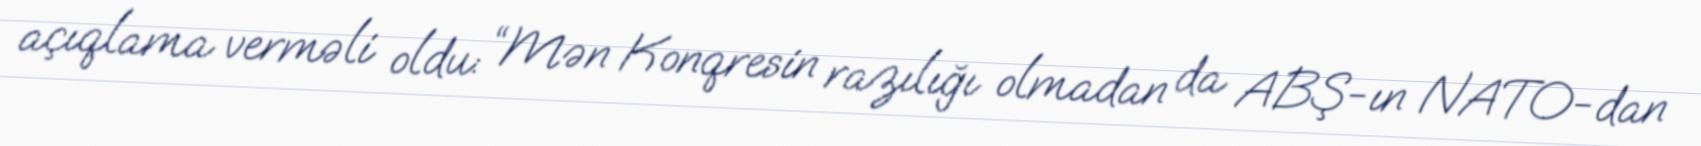
açıqlama verməli oldu: “Mən Konqresin razılığı olmadan da ABŞ-ın NATO-dan